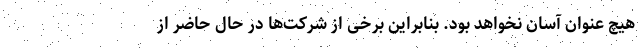
هیچ عنوان آسان نخواهد بود. بنابراین برخی از شرکت‌ها در حال حاضر از